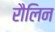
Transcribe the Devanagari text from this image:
रौलिन